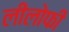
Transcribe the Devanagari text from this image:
लीलोफी